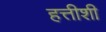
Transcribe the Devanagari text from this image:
हत्तीशी